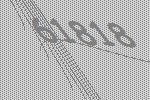
61818